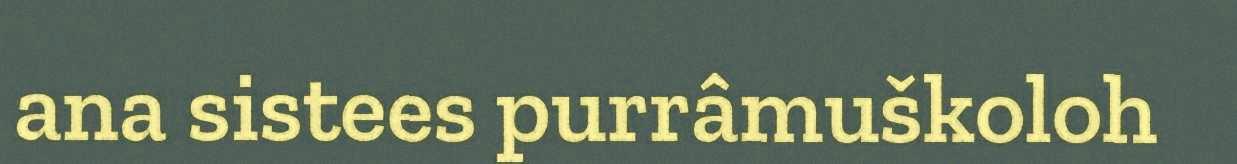
ana sistees purrâmuškoloh